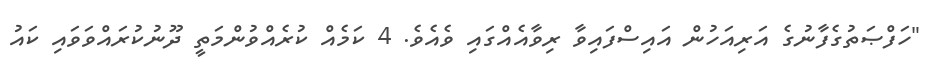
"ހަފްޞަތުގެފާނުގެ އަރިއަހުން އައިސްފައިވާ ރިވާއެއްގައި ވެއެވެ. 4 ކަމެއް ކުރެއްވުންމަތީ ދޫނުކުރައްވަވައި ކައު